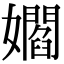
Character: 𡣽